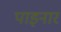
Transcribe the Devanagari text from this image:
पाइनार